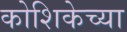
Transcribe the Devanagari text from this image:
कोशिकेच्या